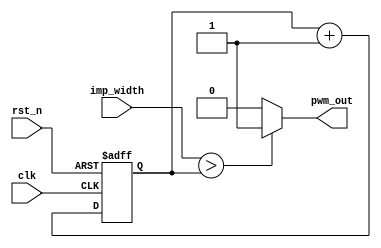
`timescale 1ns / 1ps
//////////////////////////////////////////////////////////////////////////////////
// Company: 
// Engineer: 
// 
// Design Name: 
// Module Name: pwm
// Project Name: 
// Target Devices: 
// Tool Versions: 
// Description: 
// 
// Dependencies: 
// 
// Revision:A
// Revision 0.01 - File Created
// Additional Comments:
// 
//////////////////////////////////////////////////////////////////////////////////

module pwm
#(
  parameter PWM_WIDTH=16
)
(
 input                 clk,
 input                 rst_n,
 input [PWM_WIDTH-1:0] imp_width,
 output                pwm_out
 );

   reg [PWM_WIDTH-1:0] cnt;
   
   
   always@(posedge clk or negedge rst_n)
     begin
        if(!rst_n)
          cnt <= {PWM_WIDTH{1'b0}};
        else
          cnt <= cnt + 1'b1;
     end
  
   assign pwm_out = (imp_width > cnt) ? 1'b1 : 1'b0;
   
endmodule